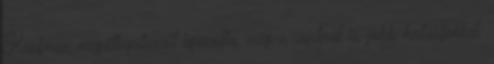
Kaufman megállapításait igazolta, még a vártnál is jobb hatásfokkal.